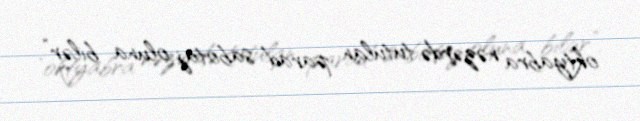
oktyabra nəzərdə tutulan parad sabotaj oluna bilər”.